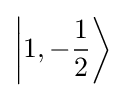
\left|1,-{\frac {1}{2}}\right\rangle